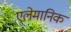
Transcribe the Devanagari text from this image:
एलेमानिक